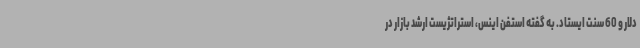
دلار و 60 سنت ایستاد. به گفته استفن اینس، استراتژیست ارشد بازار در